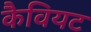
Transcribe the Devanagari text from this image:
कैवियट